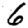
Digit: 6